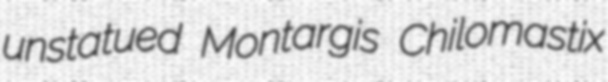
unstatued Montargis Chilomastix